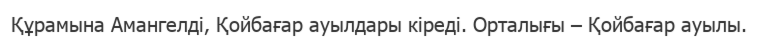
Құрамына Амангелді, Қойбағар ауылдары кіреді. Орталығы – Қойбағар ауылы.